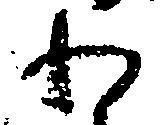
わ